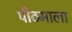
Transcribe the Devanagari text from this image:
पीठमाला